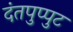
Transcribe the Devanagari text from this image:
दंतपुप्पुट